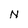
Character: N